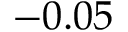
- 0 . 0 5